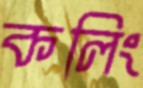
কলিং